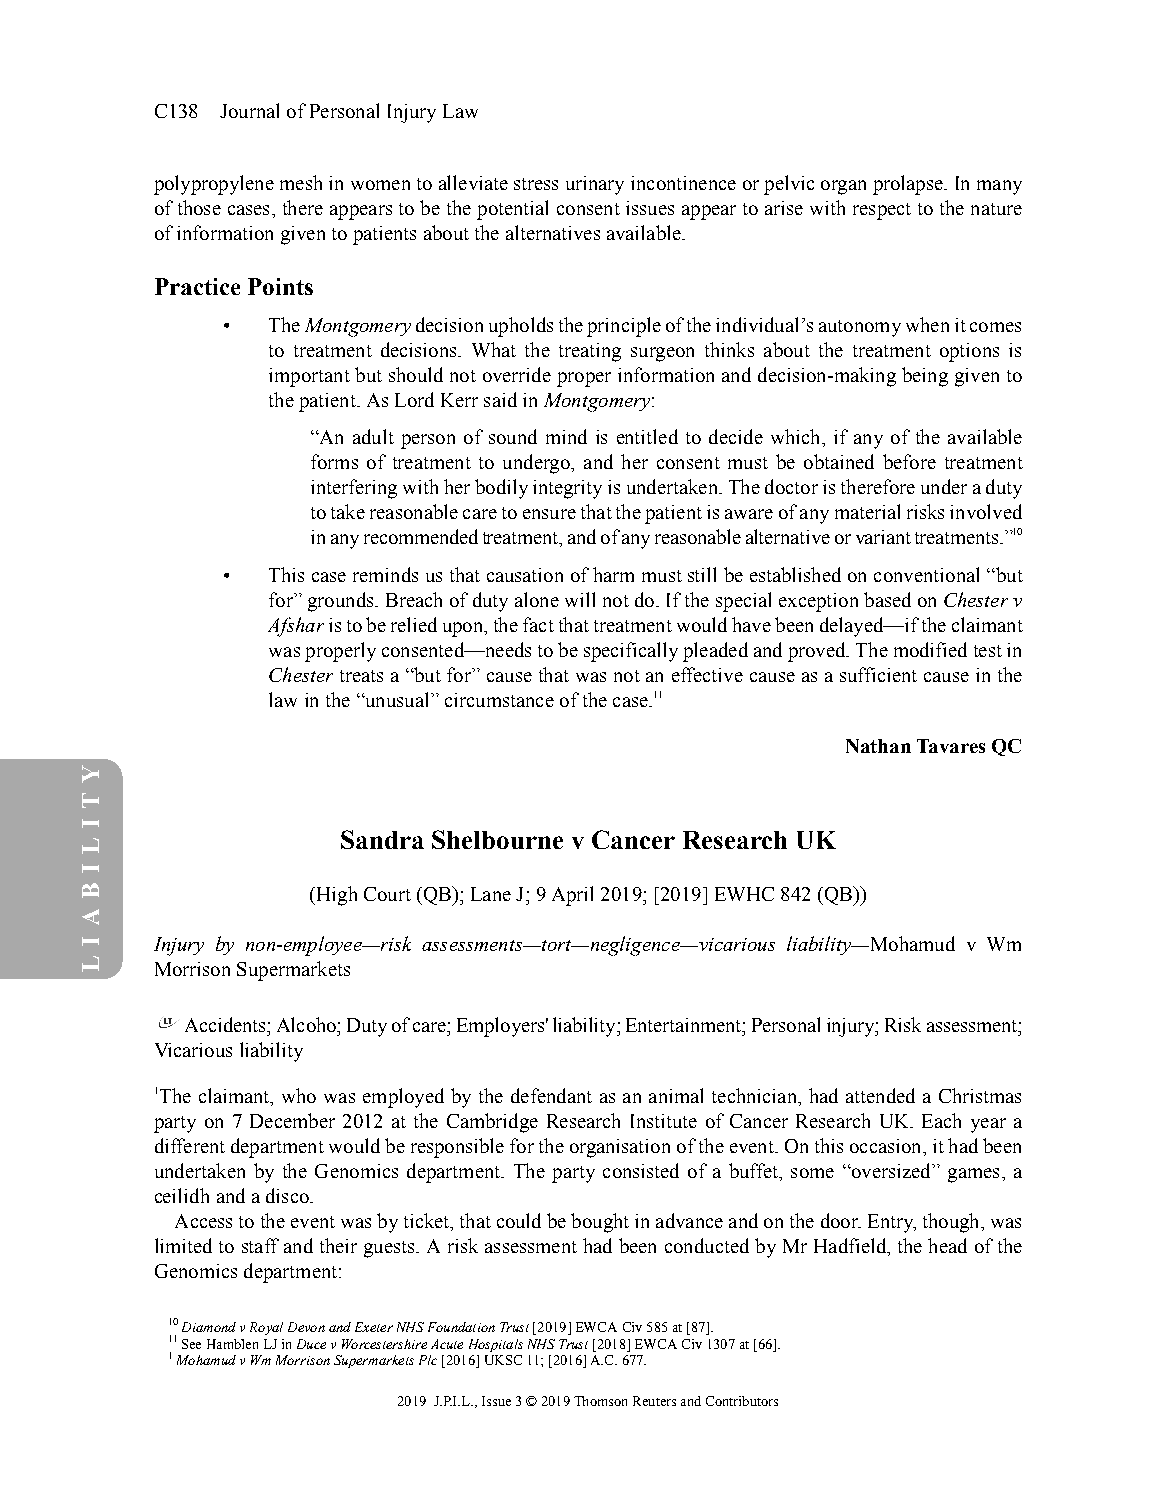
C138 JournalofPersonalInjuryLaw
 polypropylenemeshinwomentoalleviatestressurinaryincontinenceorpelvicorganprolapse.Inmany
 ofthosecases,thereappearstobethepotentialconsentissuesappeartoarisewithrespecttothenature
 ofinformationgiventopatientsaboutthealternativesavailable.
 PracticePoints
 •  TheMontgomerydecisionupholdstheprincipleoftheindividual’sautonomywhenitcomes
 to treatment decisions. What the treating surgeon thinks about the treatment options is
 importantbutshouldnotoverrideproperinformationanddecision-makingbeinggivento
 thepatient.AsLordKerrsaidinMontgomery:
 “An adult person of sound mind is entitled to decide which, if any of the available
 forms of treatment to undergo, and her consent must be obtained before treatment
 interferingwithherbodilyintegrityisundertaken.Thedoctoristhereforeunderaduty
 totakereasonablecaretoensurethatthepatientisawareofanymaterialrisksinvolved
 inanyrecommendedtreatment,andofanyreasonablealternativeorvarianttreatments.”10
 •  Thiscaseremindsusthatcausationofharmmuststillbeestablishedonconventional“but
 for”grounds.Breachofdutyalonewillnotdo.IfthespecialexceptionbasedonChesterv
 Afsharistobereliedupon,thefactthattreatmentwouldhavebeendelayed—iftheclaimant
 wasproperlyconsented—needstobespecificallypleadedandproved.Themodifiedtestin
 Chestertreatsa“butfor”causethatwasnotaneffectivecauseasasufficientcauseinthe
 lawinthe“unusual”circumstanceofthecase.11
 NathanTavaresQC
 Sandra Shelbourne v Cancer Research UK
 (HighCourt(QB);LaneJ;9April2019;[2019]EWHC842(QB))
 Injury by non-employee—risk assessments—tort—negligence—vicarious liability—Mohamud v Wm
 MorrisonSupermarkets
 Accidents;Alcoho;Dutyofcare;Employers'liability;Entertainment;Personalinjury;Riskassessment;
 Vicariousliability
 1The claimant, who was employed by the defendant as an animal technician, had attended a Christmas
 party on 7 December 2012 at the Cambridge Research Institute of Cancer Research UK. Each year a
 differentdepartmentwouldberesponsiblefortheorganisationoftheevent.Onthisoccasion,ithadbeen
 undertaken by the Genomics department. The party consisted of a buffet, some “oversized” games, a
 ceilidhandadisco.
 Accesstotheeventwasbyticket,thatcouldbeboughtinadvanceandonthedoor.Entry,though,was
 limitedtostaffandtheirguests.AriskassessmenthadbeenconductedbyMrHadfield,theheadofthe
 Genomicsdepartment:
 10DiamondvRoyalDevonandExeterNHSFoundationTrust[2019]EWCACiv585at[87].
 11SeeHamblenLJinDucevWorcestershireAcuteHospitalsNHSTrust[2018]EWCACiv1307at[66].
 1MohamudvWmMorrisonSupermarketsPlc[2016]UKSC11;[2016]A.C.677.
 2019 J.P.I.L.,Issue3©2019ThomsonReutersandContributors
 Y
 T
 I
 L
 I
 B
 A
 I
 L